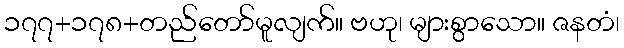
၁၇၇+၁၇၈+တည်တော်မူလျက်။ ဗဟု၊ များစွာသော။ ဇနတံ၊